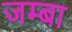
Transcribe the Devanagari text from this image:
जम्बा